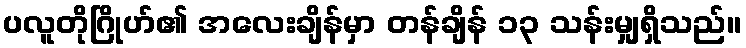
ပလူတိုဂြိုဟ်၏ အလေးချိန်မှာ တန်ချိန် ၁၃ သန်းမျှရှိသည်။